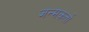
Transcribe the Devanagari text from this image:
जन्मकर्ता